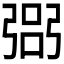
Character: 𢐆